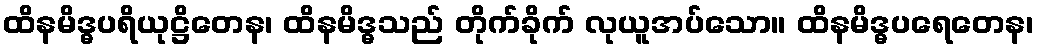
ထိနမိဒ္ဓပရိယုဋ္ဌိတေန၊ ထိနမိဒ္ဓသည် တိုက်ခိုက် လုယူအပ်သော။ ထိနမိဒ္ဓပရေတေန၊